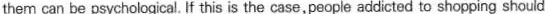
them can be psychological. If this is the case,people addicted to shopping should